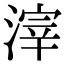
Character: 滓